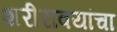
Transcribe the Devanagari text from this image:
शरीरावयांचा